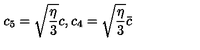
c _ { 5 } = \sqrt { \frac { \eta } { 3 } } c , c _ { 4 } = \sqrt { \frac { \eta } { 3 } } \bar { c }